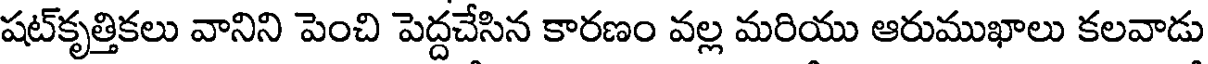
షట్కృత్తికలు వానిని పెంచి పెద్దచేసిన కారణం వల్ల మరియు ఆరుముఖాలు కలవాడు